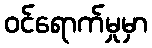
ဝင်ရောက်မှုမှာ